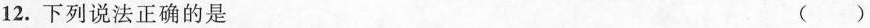
12.下列说法正确的是 ()